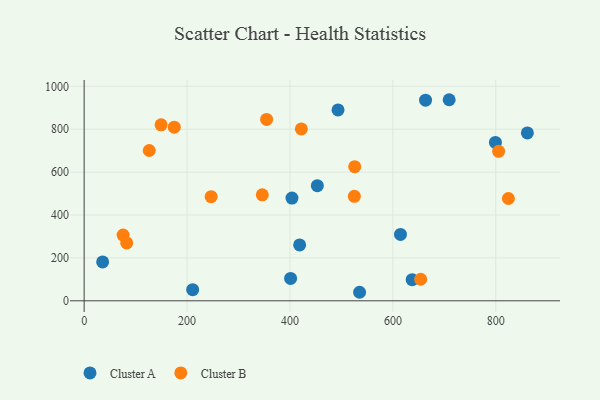
{"axis": {"x": "Engine Size", "y": "Rating"}, "legend": ["Cluster A", "Cluster B"], "data": [{"x": "799.3", "y": 738.2, "type": "Cluster A"}, {"x": "35.9", "y": 181.4, "type": "Cluster A"}, {"x": "453.2", "y": 536.9, "type": "Cluster A"}, {"x": "637.5", "y": 98.6, "type": "Cluster A"}, {"x": "418.8", "y": 260.7, "type": "Cluster A"}, {"x": "493.4", "y": 889.8, "type": "Cluster A"}, {"x": "401.2", "y": 104.2, "type": "Cluster A"}, {"x": "535.3", "y": 39.8, "type": "Cluster A"}, {"x": "614.8", "y": 309.4, "type": "Cluster A"}, {"x": "210.9", "y": 52.1, "type": "Cluster A"}, {"x": "709.4", "y": 937.5, "type": "Cluster A"}, {"x": "663.5", "y": 935.4, "type": "Cluster A"}, {"x": "861.4", "y": 782.6, "type": "Cluster A"}, {"x": "403.9", "y": 479.0, "type": "Cluster A"}, {"x": "246.8", "y": 485.4, "type": "Cluster B"}, {"x": "654.0", "y": 100.6, "type": "Cluster B"}, {"x": "149.5", "y": 820.3, "type": "Cluster B"}, {"x": "82.7", "y": 270.0, "type": "Cluster B"}, {"x": "525.8", "y": 625.3, "type": "Cluster B"}, {"x": "175.1", "y": 809.7, "type": "Cluster B"}, {"x": "346.2", "y": 494.0, "type": "Cluster B"}, {"x": "805.5", "y": 697.1, "type": "Cluster B"}, {"x": "422.1", "y": 801.2, "type": "Cluster B"}, {"x": "354.6", "y": 845.7, "type": "Cluster B"}, {"x": "126.5", "y": 700.7, "type": "Cluster B"}, {"x": "824.5", "y": 477.1, "type": "Cluster B"}, {"x": "75.7", "y": 306.7, "type": "Cluster B"}, {"x": "525.1", "y": 487.0, "type": "Cluster B"}]}